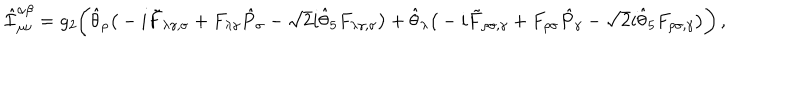
\hat { \cal I } _ { \mu \nu } ^ { \alpha \beta } = { \it g _ { 2 } } \bigg ( \hat { \theta } _ { \rho } \big ( - i \tilde { F } _ { \lambda \gamma , \sigma } + F _ { \lambda \gamma } \hat { P } _ { \sigma } - { \sqrt 2 } i \hat { \theta } _ { 5 } F _ { \lambda \gamma , \sigma } \big ) + \hat { \theta } _ { \lambda } \big ( - i \tilde { F } _ { \rho \sigma , \gamma } + F _ { \rho \sigma } \hat { P } _ { \gamma } - { \sqrt 2 } i \hat { \theta } _ { 5 } F _ { \rho \sigma , \gamma } \big ) \bigg ) \, ,